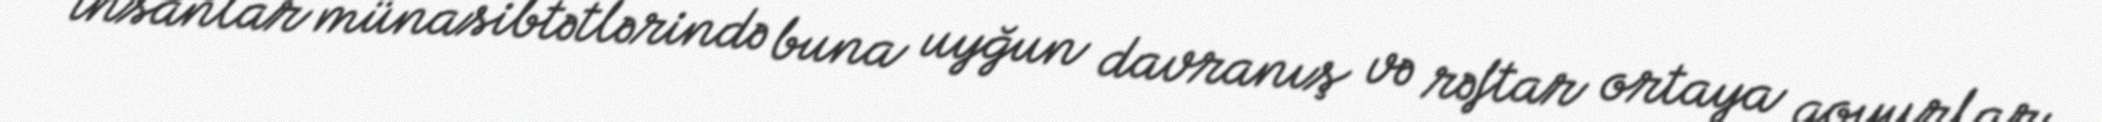
insanlar münasibtətlərində buna uyğun davranış və rəftar ortaya qoyurlar.